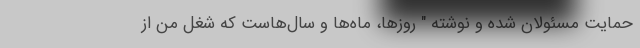
حمایت مسئولان شده و نوشته " روزها، ماه‌ها و سال‌هاست که شغل من از